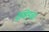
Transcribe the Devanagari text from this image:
डेव्हिडचा